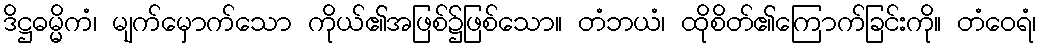
ဒိဋ္ဌဓမ္မိကံ၊ မျက်မှောက်သော ကိုယ်၏အဖြစ်၌ဖြစ်သော။ တံဘယံ၊ ထိုစိတ်၏ကြောက်ခြင်းကို။ တံဝေရံ၊